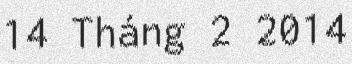
14 Tháng 2 2014